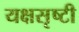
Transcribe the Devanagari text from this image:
यक्षसृष्टी